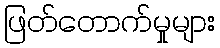
ဖြတ်တောက်မှုများ